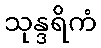
သုန္ဒရိကံ